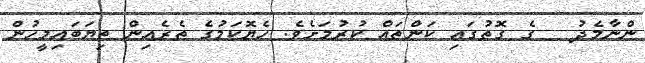
ންނާމެދު   ގެ ގޮތުގައި ކަންތައް ކުރުމަށެވެ. ހެޔޮކަމުގެ ތެރެއިން ތިޔަބައިމީހުން